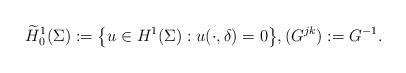
LaTeX: \begin{align*}\widetilde H^1_{0}(\Sigma):=\big\{u\in H^1(\Sigma): u(\cdot,\delta)=0\big\}, (G^{jk}):=G^{-1}.\end{align*}